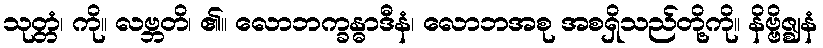
သုတ္တံ၊ ကို။ လဗ္ဘတိ၊ ၏။ လောဘက္ခန္ဓာဒီနံ၊ လောဘအစု အစရှိသည်တို့ကို။ နိဗ္ဗိဇ္ဈနံ